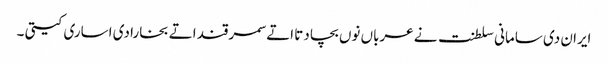
ایران دی سامانی سلطنت نے عرباں نوں بچا دتا اتے سمرقند اتے بخارا دی اساری کیتی ۔